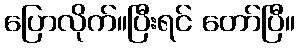
ပြောလိုက်။ပြီးရင် တော်ပြီ။